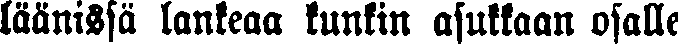
läänissä lankeaa kunkin asukkaan osalle